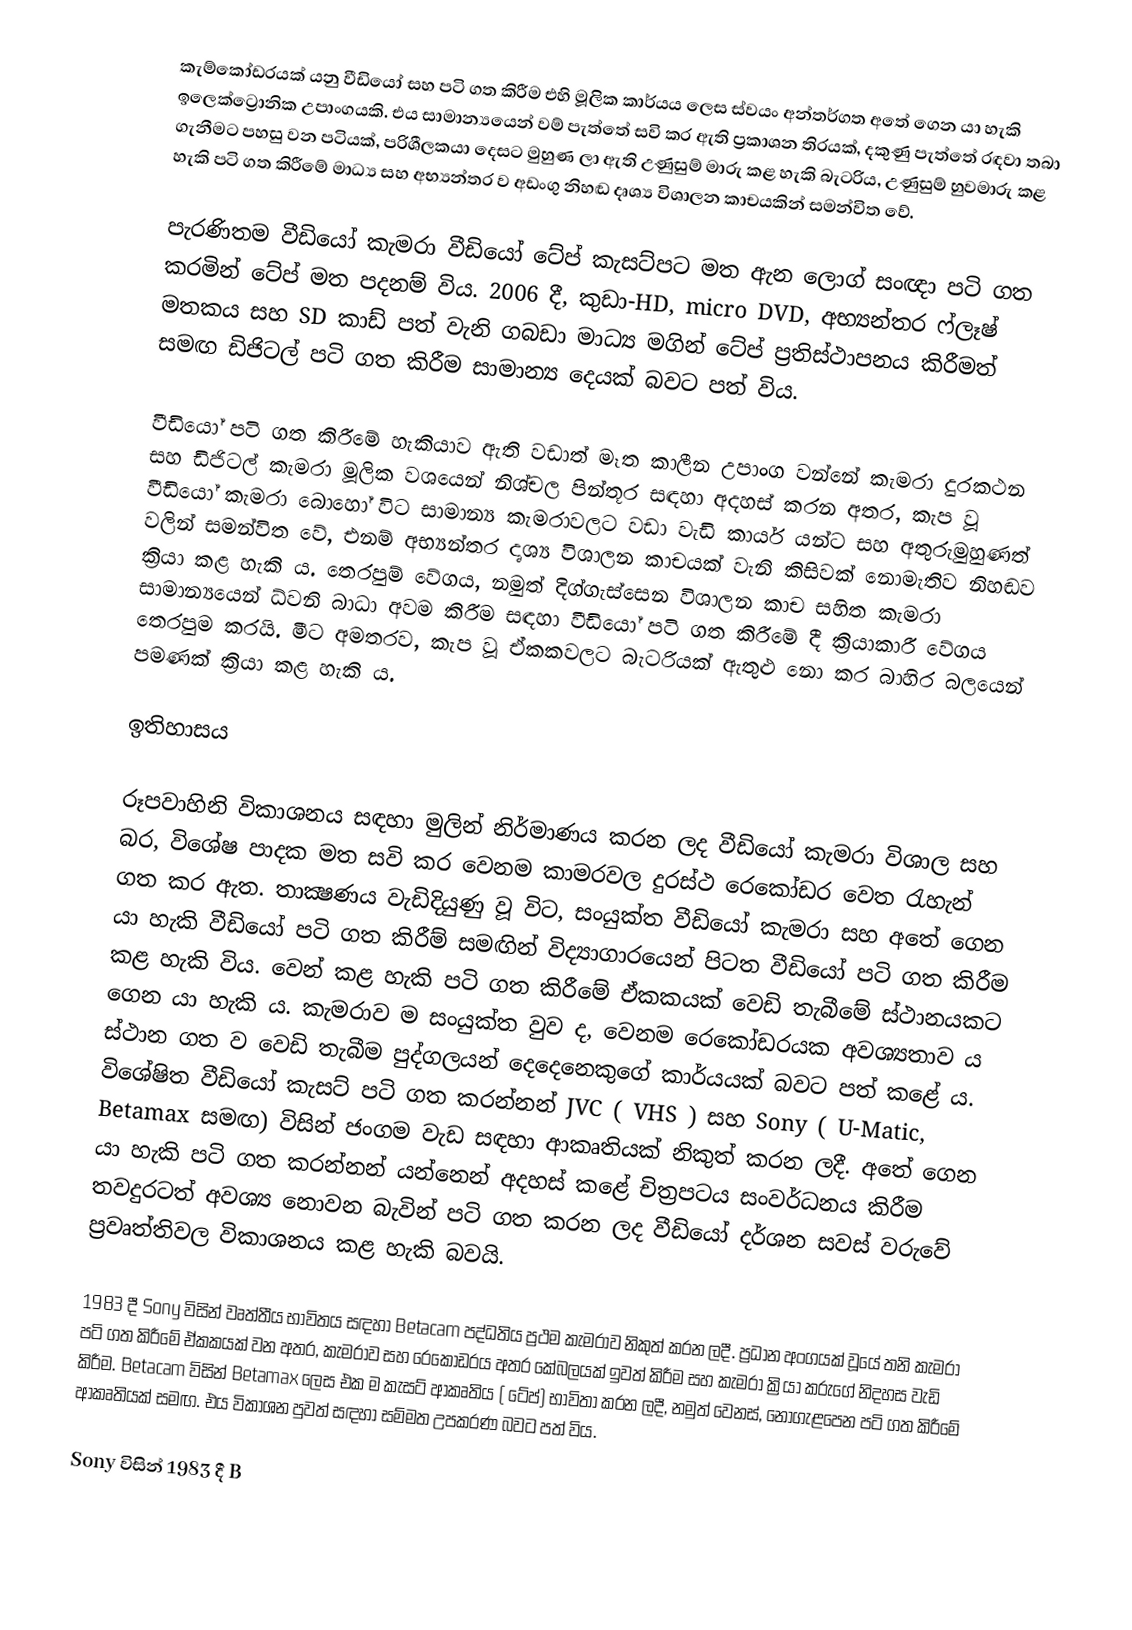
කැම්කෝඩරයක් යනු වීඩියෝ සහ පටි ගත කිරීම එහි මූලික කාර්යය ලෙස ස්වයං අන්තර්ගත අතේ ගෙන යා හැකි ඉලෙක්ට්‍රොනික උපාංගයකි. එය සාමාන්‍යයෙන් වම් පැත්තේ සවි කර ඇති ප්‍රකාශන තිරයක්, දකුණු පැත්තේ රඳවා තබා ගැනීමට පහසු වන පටියක්, පරිශීලකයා දෙසට මුහුණ ලා ඇති උණුසුම් මාරු කළ හැකි බැටරිය, උණුසුම් හුවමාරු කළ හැකි පටි ගත කිරීමේ මාධ්‍ය සහ අභ්‍යන්තර ව අඩංගු නිහඬ දෘශ්‍ය විශාලන කාචයකින් සමන්විත වේ.

පැරණිතම වීඩියෝ කැමරා වීඩියෝ ටේප් කැසට්පට මත ඇන ලොග් සංඥා පටි ගත කරමින් ටේප් මත පදනම් විය. 2006 දී, කුඩා-HD, micro DVD, අභ්‍යන්තර ෆ්ලෑෂ් මතකය සහ SD කාඩ් පත් වැනි ගබඩා මාධ්‍ය මගින් ටේප් ප්‍රතිස්ථාපනය කිරීමත් සමඟ ඩිජිටල් පටි ගත කිරීම සාමාන්‍ය දෙයක් බවට පත් විය.

වීඩියෝ පටි ගත කිරීමේ හැකියාව ඇති වඩාත් මෑත කාලීන උපාංග වන්නේ කැමරා දුරකථන සහ ඩිජිටල් කැමරා මූලික වශයෙන් නිශ්චල පින්තූර සඳහා අදහස් කරන අතර, කැප වූ වීඩියෝ කැමරා බොහෝ විට සාමාන්‍ය කැමරාවලට වඩා වැඩි කාර්ය යන්ට සහ අතුරුමුහුණත් වලින් සමන්විත වේ, එනම් අභ්‍යන්තර දෘශ්‍ය විශාලන කාචයක් වැනි කිසිවක් නොමැතිව නිහඬව ක්‍රියා කළ හැකි ය. තෙරපුම් වේගය, නමුත් දිග්ගැස්සෙන විශාලන කාච සහිත කැමරා සාමාන්‍යයෙන් ධ්වනි බාධා අවම කිරීම සඳහා වීඩියෝ පටි ගත කිරීමේ දී ක්‍රියාකාරී වේගය තෙරපුම කරයි. මීට අමතරව, කැප වූ ඒකකවලට බැටරියක් ඇතුළු නො කර බාහිර බලයෙන් පමණක් ක්‍රියා කළ හැකි ය.

ඉතිහාසය

රූපවාහිනි විකාශනය සඳහා මුලින් නිර්මාණය කරන ලද වීඩියෝ කැමරා විශාල සහ බර, විශේෂ පාදක මත සවි කර වෙනම කාමරවල දුරස්ථ රෙකෝඩර වෙත රැහැන් ගත කර ඇත. තාක්‍ෂණය වැඩිදියුණු වූ විට, සංයුක්ත වීඩියෝ කැමරා සහ අතේ ගෙන යා හැකි වීඩියෝ පටි ගත කිරීම් සමඟින් විද්‍යාගාරයෙන් පිටත වීඩියෝ පටි ගත කිරීම කළ හැකි විය. වෙන් කළ හැකි පටි ගත කිරීමේ ඒකකයක් වෙඩි තැබීමේ ස්ථානයකට ගෙන යා හැකි ය. කැමරාව ම සංයුක්ත වුව ද, වෙනම රෙකෝඩරයක අවශ්‍යතාව ය ස්ථාන ගත ව වෙඩි තැබීම පුද්ගලයන් දෙදෙනෙකුගේ කාර්යයක් බවට පත් කළේ ය.  විශේෂිත වීඩියෝ කැසට් පටි ගත කරන්නන් JVC ( VHS ) සහ Sony ( U-Matic, Betamax සමඟ) විසින් ජංගම වැඩ සඳහා ආකෘතියක් නිකුත් කරන ලදී. අතේ ගෙන යා හැකි පටි ගත කරන්නන් යන්නෙන් අදහස් කළේ චිත්‍රපටය සංවර්ධනය කිරීම තවදුරටත් අවශ්‍ය නොවන බැවින් පටි ගත කරන ලද වීඩියෝ දර්ශන සවස් වරුවේ ප්‍රවෘත්තිවල විකාශනය කළ හැකි බවයි.

1983 දී Sony විසින් වෘත්තීය භාවිතය සඳහා Betacam පද්ධතිය ප්‍රථම කැමරාව නිකුත් කරන ලදී.  ප්‍රධාන අංගයක් වූයේ තනි කැමරා පටි ගත කිරීමේ ඒකකයක් වන අතර, කැමරාව සහ රෙකෝඩරය අතර කේබලයක් ඉවත් කිරීම සහ කැමරා ක්‍රියා කරුගේ නිදහස වැඩි කිරීම. Betacam විසින් Betamax ලෙස එක ම කැසට් ආකෘතිය (  ටේප්) භාවිතා කරන ලදී, නමුත් වෙනස්, නොගැළපෙන පටි ගත කිරීමේ ආකෘතියක් සමඟ. එය විකාශන පුවත් සඳහා සම්මත උපකරණ බවට පත් විය.

Sony විසින් 1983 දී B